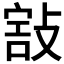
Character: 𢾒